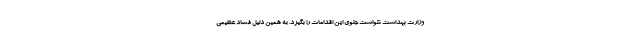
وزارت بهداشت نتواست جلوی این اقدامات را بگیرد. به همین دلیل فساد عظیمی